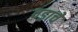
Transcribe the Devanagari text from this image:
वड्राचे